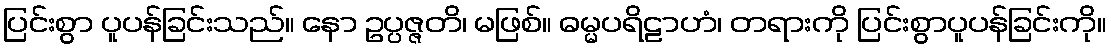
ပြင်းစွာ ပူပန်ခြင်းသည်။ နော ဥပ္ပဇ္ဇတိ၊ မဖြစ်။ ဓမ္မပရိဠာဟံ၊ တရားကို ပြင်းစွာပူပန်ခြင်းကို။